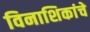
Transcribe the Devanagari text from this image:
विनाशिकांचे